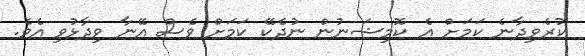
ކުރެވިދާނެ ކަމަށް އެ ކޮމިޝަނުން ނުދެކޭ ކަމަށް ވެސް އޭނާ ވިދާޅުވި އެވެ.